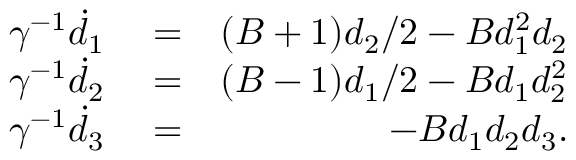
\begin{array} { r l r } { \gamma ^ { - 1 } \dot { d } _ { 1 } } & { { } = } & { ( B + 1 ) d _ { 2 } / 2 - B d _ { 1 } ^ { 2 } d _ { 2 } } \\ { \gamma ^ { - 1 } \dot { d } _ { 2 } } & { { } = } & { ( B - 1 ) d _ { 1 } / 2 - B d _ { 1 } d _ { 2 } ^ { 2 } } \\ { \gamma ^ { - 1 } \dot { d } _ { 3 } } & { { } = } & { - B d _ { 1 } d _ { 2 } d _ { 3 } . } \end{array}